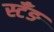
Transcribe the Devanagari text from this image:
स्टँङ